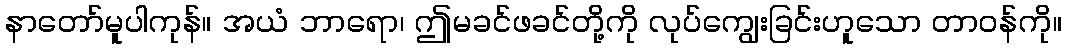
နာတော်မူပါကုန်။ အယံ ဘာရော၊ ဤမခင်ဖခင်တို့ကို လုပ်ကျွေးခြင်းဟူသော တာဝန်ကို။